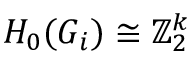
H _ { 0 } ( G _ { i } ) \cong \mathbb Z _ { 2 } ^ { k }